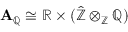
\mathbf { A } _ { \mathbb { Q } } \cong \mathbb { R } \times ( { \hat { \mathbb { Z } } } \otimes _ { \mathbb { Z } } \mathbb { Q } )